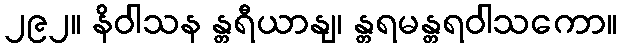
၂၉၂။ နိဝါသန န္တရီယာနျ၊ န္တရမန္တရဝါသကော။